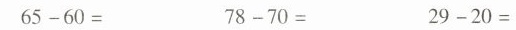
$$6 5 - 6 0 =$$ $$7 8 - 7 0 =$$ $$2 9 - 2 0 =$$